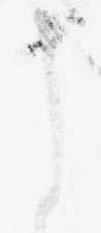
え